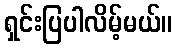
ရှင်းပြပါလိမ့်မယ်။